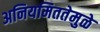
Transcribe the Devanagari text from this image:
अनियमिततेमुळे